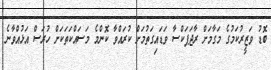
ބޮޑު ވަޒީރުކަމުގެ މަގާމަށް ރާޖަޕަކްސާ ވަޑައިގަތުމަށް ކުރައްވާ ކޮންމެ މަސައްކަތަކަށް ހުރަސް އަޅުއްވާނެ